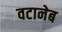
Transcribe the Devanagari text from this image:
वटानेब